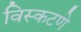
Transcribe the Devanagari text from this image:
विस्कटणे